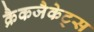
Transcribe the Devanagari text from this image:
क्रैकजैकेट्स